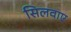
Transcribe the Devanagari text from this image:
सिलवाए